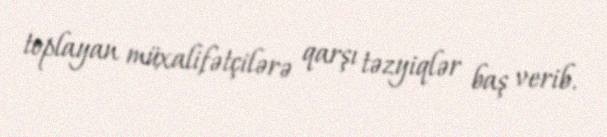
toplayan müxalifətçilərə qarşı təzyiqlər baş verib.